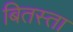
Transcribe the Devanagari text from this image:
बितस्ता